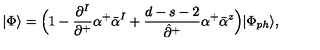
| \Phi \rangle = \Bigl ( 1 - \frac { \partial ^ { I } } { \partial ^ { + } } \alpha ^ { + } \bar { \alpha } ^ { I } + \frac { d - s - 2 } { \hat { \partial } ^ { + } } \alpha ^ { + } \bar { \alpha } ^ { z } \Bigr ) | \Phi _ { p h } \rangle ,